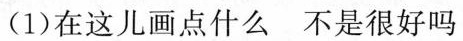
(1)在这儿画点什么 不是很好吗